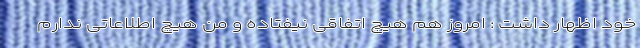
خود اظهار داشت : امروز هم هیچ اتفاقی نیفتاده و من هیچ اطلاعاتی ندارم